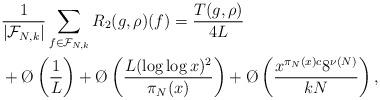
LaTeX: \begin{align*}&\frac{1}{|\mathcal F_{N,k}|} \sum_{f \in \mathcal F_{N,k}} R_2(g,\rho)(f) = \frac{T(g,\rho)}{4 L}\\&+ \O\left(\frac{1}{L}\right) + \O\left(\frac{L(\log \log x)^2}{\pi_N(x)}\right) + \O\left(\frac{x^{\pi_N(x) c} 8^{\nu(N)}}{kN}\right),\end{align*}